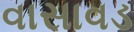
વાસાવડ